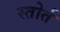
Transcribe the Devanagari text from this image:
स्तोर्त